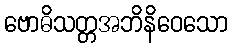
ဗောဓိသတ္တအဘိနိဝေသော